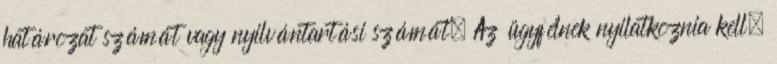
határozat számát vagy nyilvántartási számát. Az ügyfélnek nyilatkoznia kell,